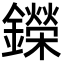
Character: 鑅